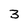
Character: 3